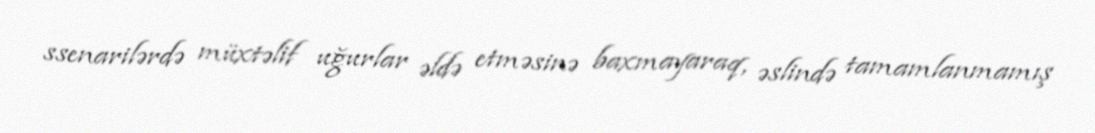
ssenarilərdə müxtəlif uğurlar əldə etməsinə baxmayaraq, əslində tamamlanmamış